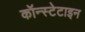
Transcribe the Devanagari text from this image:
कॉन्स्टेटाइन